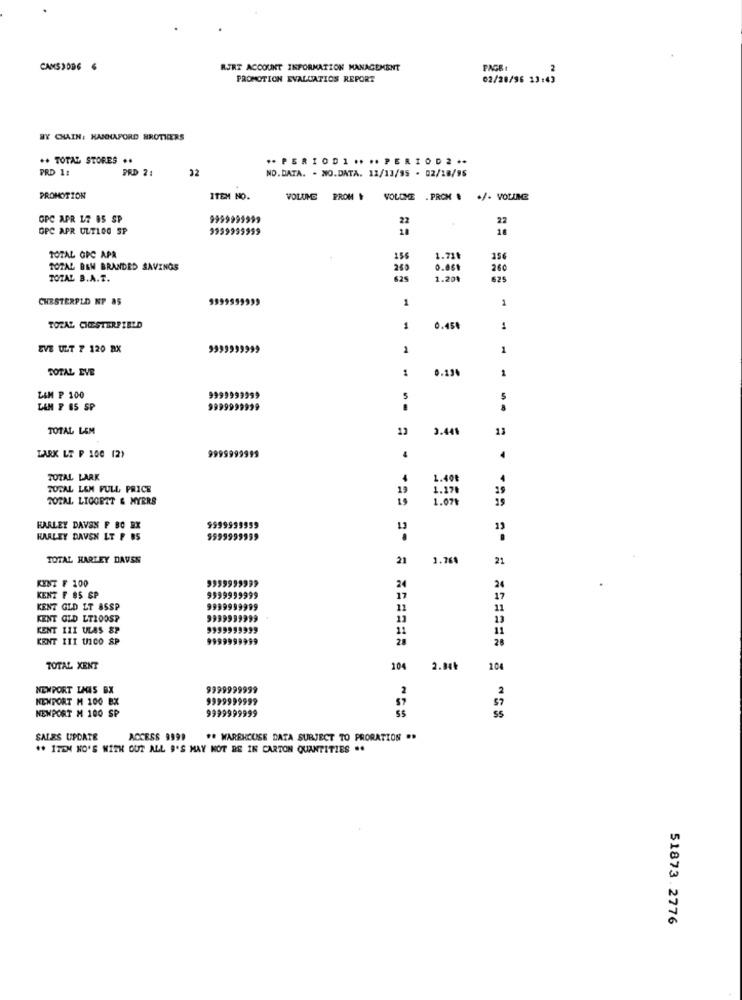
CAMSIOD6 6
RJRT ACCOUNT INFORMATION MANAGEMENT
FAGB:
PROMOTION EVALUATION REPORT
02/28/96 13:43
BY CHAIN: HANNAFORD BROTHERS
++ TOTAL STORES ..
** PERIODI **** PERIOD2 **
PRD 1:
PRD 2:
32
NO.DATA. . NO.DATA. 11/13/95 - 02/18/96
PROMOTION
ITEM NO.
VOLUME PROM | VOLDME . PROM . . /. VOUING
GPC APR 17 85 SP
9999999999
22
22
GPC APR ULTLOG SP
9999999999
18
TOTAL OFC APA
156
1.71₺
156
TOTAL BEN BRANDED SAVINGS
24
0.061
260
TOTAL B.A.T.
1.20%
625
CHESTERPLO NP 85
1
1
TOTAL CHESTERFIELD
1
0.450
1
EVE ULT 7 120 RX
1
1
TOTAL EVE
1
0.134
1
LAM P 100
9999999999
5
5
LAM F 85 SP
9999999999
TOTAL LEM
12
3.441
13
LARK LT P 100 (2)
9999999999
TOTAL LARK
1.40€
4
TOTAL L&M FULL PRICE
19
29
TOTAL LIGORTT & MYERS
19
1. 170
1.07₺
19
HARLEY DAYSN P BO RX
9999999999
HARLEY DAVSN LT F BS
9999999999
TOTAL HARLEY DAVSN
21
1.769
21
KINT F 100
24
24
KENT F 85 SP
9999999999
17
KENT GLD LT ASSP
9999999999
11
11
KENT GID LTZOOSP
9999999999
13
13
KENT III ULAS SP
11
11
KENT III UICO SP
9999999999
28
28
TOTAL XENT
104
2.04₺
104
NEWPORT LAIS BX
9999999999
2
NEWPORT M 100 BX
9999999999
57
NEWPORT M 100 SP
9999999999
SALES UPDATE
ACCESS 9999
** WAREHOUSE DATA SURJECT TO PRORATION ..
** 1TEN HO'S WITH OUT ALL B'S MAY NOT BE IN CARTON QUANTITIES ..
51873.2776